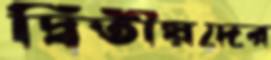
দ্বিতীয়দের